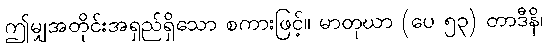
ဤမျှအတိုင်းအရှည်ရှိသော စကားဖြင့်။ မာတုဃာ (ပေ ၅၃) တာဒီနိ၊